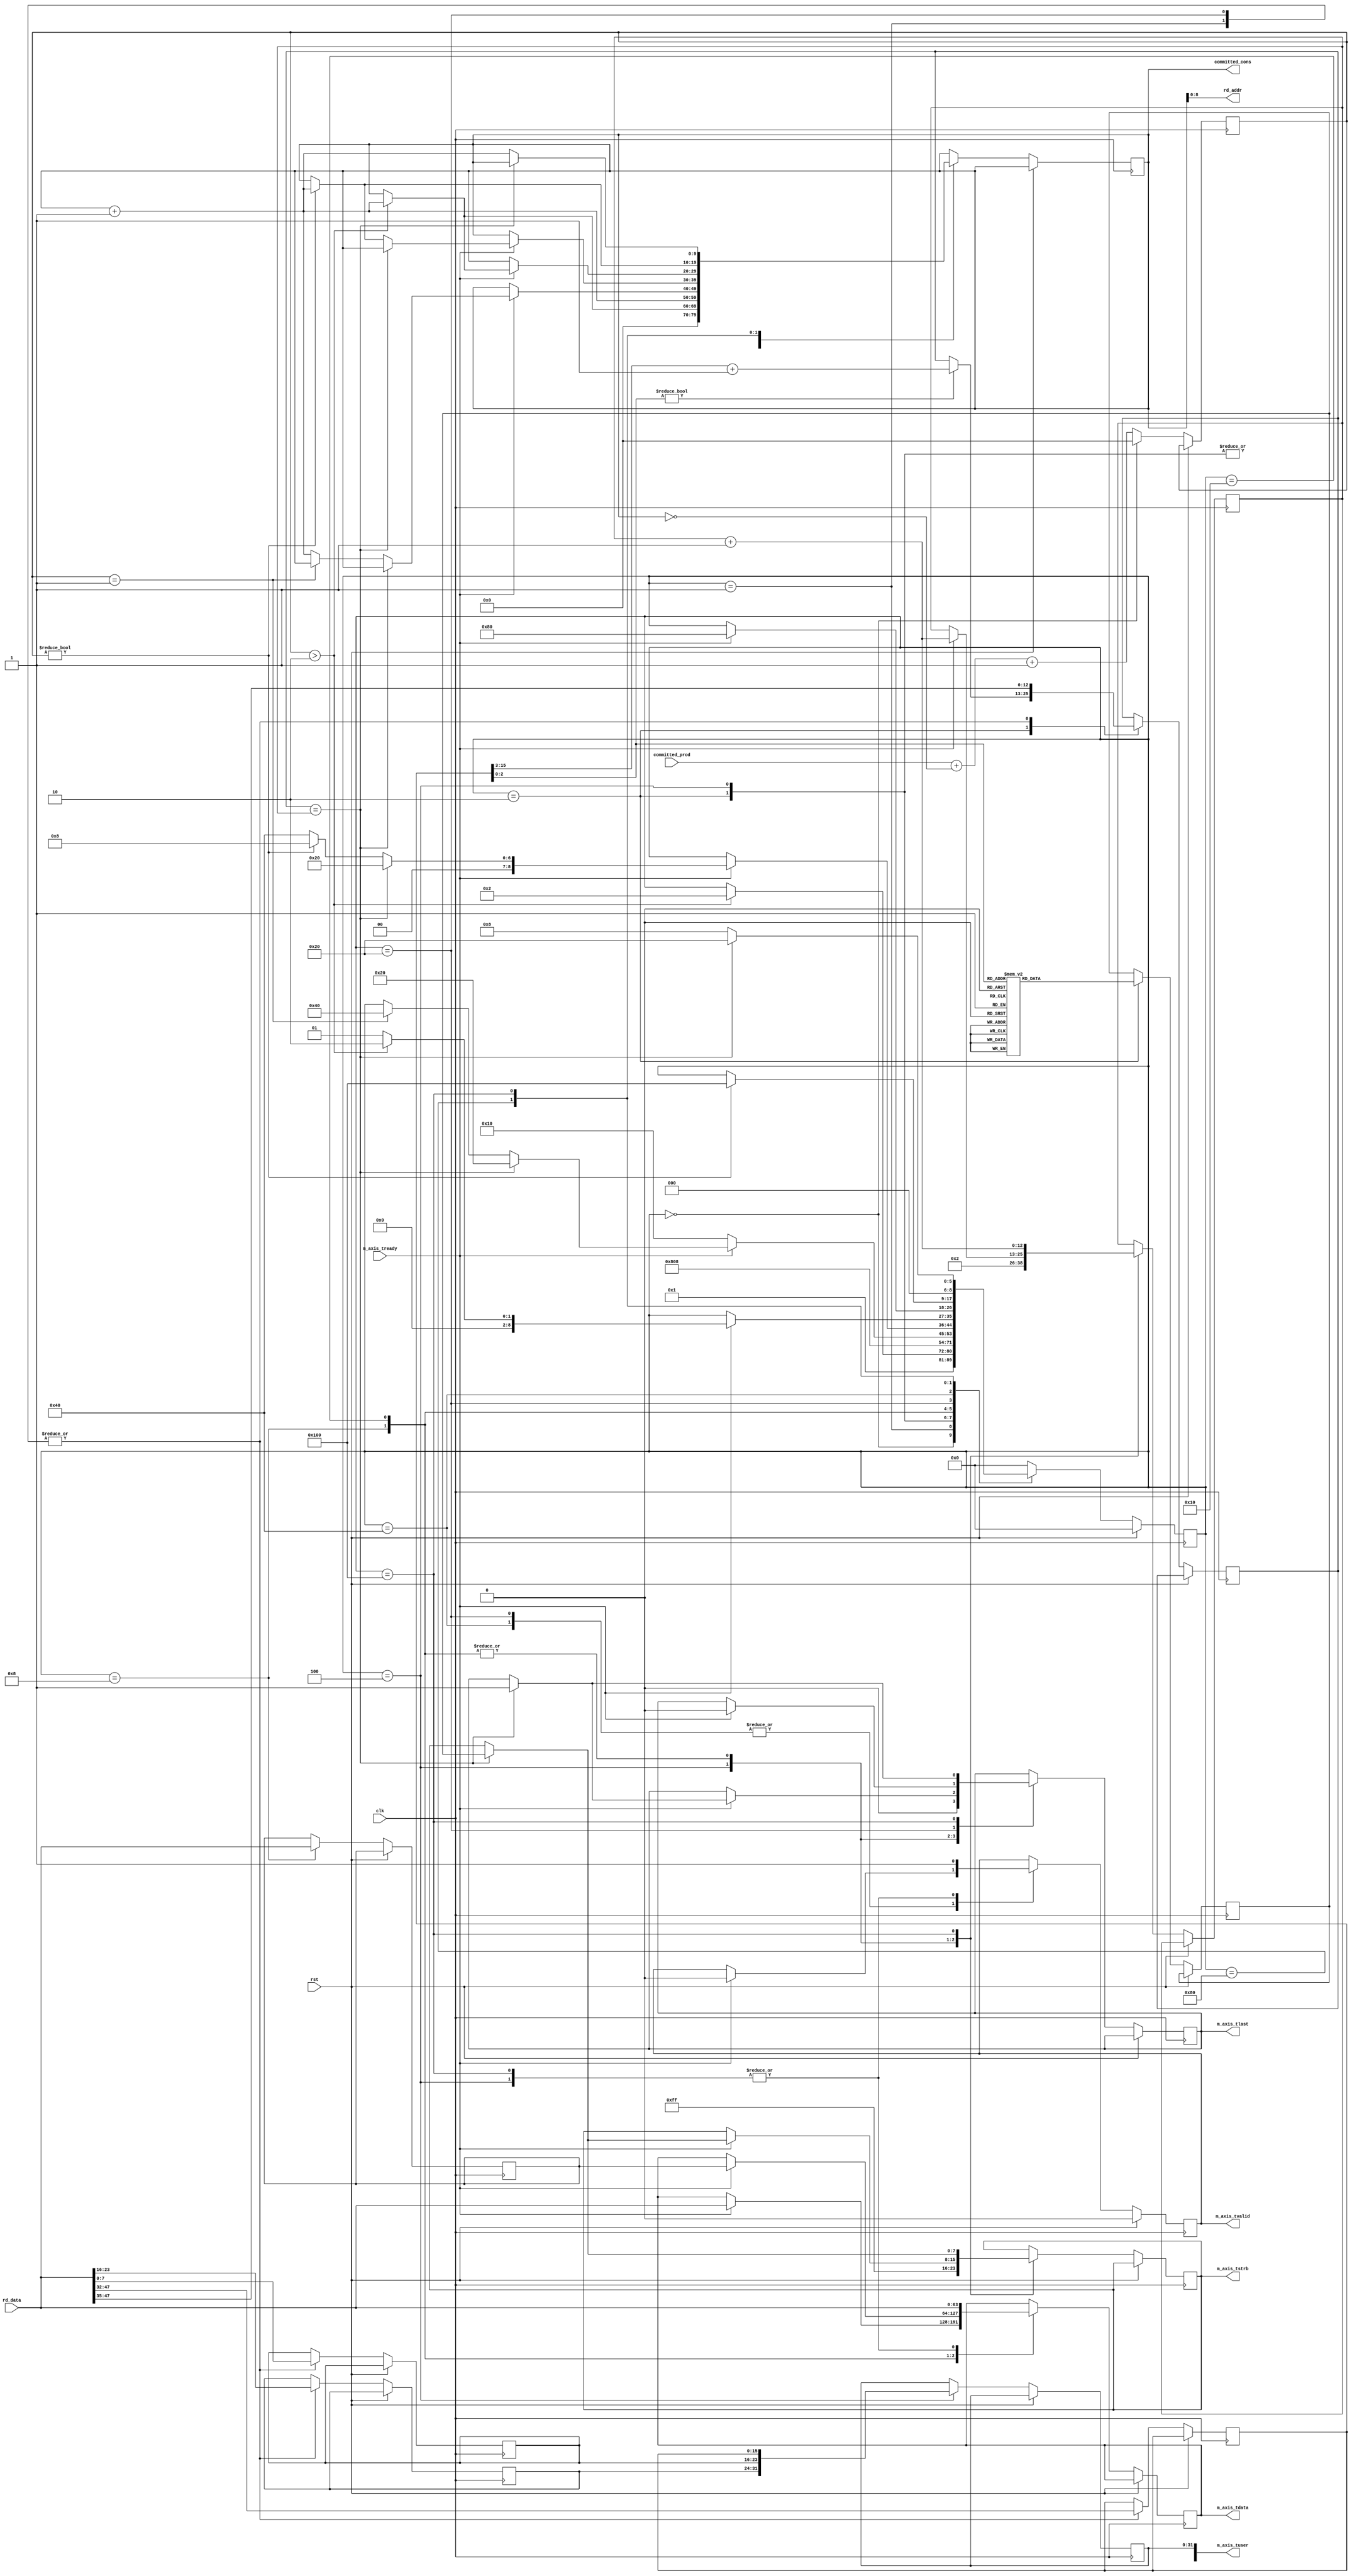
/*******************************************************************************
*
*  NetFPGA-10G http://www.netfpga.org
*
*  File:
*        ibuf2bkd.v
*
*  Project:
*
*
*  Author:
*        Marco Forconesi
*
*  Description:
*        Sends packets to backend.
*
*
*    This code is initially developed for the Network-as-a-Service (NaaS) project.
*
*  Copyright notice:
*        Copyright (C) 2014 University of Cambridge
*
*  Licence:
*        This file is part of the NetFPGA 10G development base package.
*
*        This file is free code: you can redistribute it and/or modify it under
*        the terms of the GNU Lesser General Public License version 2.1 as
*        published by the Free Software Foundation.
*
*        This package is distributed in the hope that it will be useful, but
*        WITHOUT ANY WARRANTY; without even the implied warranty of
*        MERCHANTABILITY or FITNESS FOR A PARTICULAR PURPOSE.  See the GNU
*        Lesser General Public License for more details.
*
*        You should have received a copy of the GNU Lesser General Public
*        License along with the NetFPGA source package.  If not, see
*        http://www.gnu.org/licenses/.
*
*/

//////////////////////////////////////////////////////////////////////////////////////////////
//////////////////////////////////////////////////////////////////////////////////////////////
`timescale 1ns / 1ps
//`default_nettype none

module ibuf2bkd # (
    parameter BW = 9
    ) (

    input                    clk,
    input                    rst,

    // BKD tx
    output reg   [63:0]      m_axis_tdata,
    output reg   [7:0]       m_axis_tstrb,
    output reg   [127:0]     m_axis_tuser,
    output reg               m_axis_tvalid,
    output reg               m_axis_tlast,
    input                    m_axis_tready,

    // ibuf
    output       [BW-1:0]    rd_addr,
    input        [63:0]      rd_data,

    // bwd logic
    output       [BW:0]      committed_cons,
    input        [BW:0]      committed_prod
    );

    // localparam
    localparam s0 = 9'b000000000;
    localparam s1 = 9'b000000001;
    localparam s2 = 9'b000000010;
    localparam s3 = 9'b000000100;
    localparam s4 = 9'b000001000;
    localparam s5 = 9'b000010000;
    localparam s6 = 9'b000100000;
    localparam s7 = 9'b001000000;
    localparam s8 = 9'b010000000;
    localparam s9 = 9'b100000000;

    //-------------------------------------------------------
    // Local snd_fsm
    //-------------------------------------------------------   
    reg          [8:0]       snd_fsm;
    reg          [15:0]      len;
    reg          [7:0]       src_port;
    reg          [7:0]       des_port;
    reg          [BW:0]      rd_addr_i;
    reg          [BW:0]      diff;
    reg          [7:0]       last_tstrb;
    reg          [12:0]      qw_len;
    reg          [12:0]      qw_snt;
    reg          [63:0]      ax_rd_data;

    //-------------------------------------------------------
    // assigns
    //-------------------------------------------------------
    assign rd_addr = rd_addr_i;
    assign committed_cons = rd_addr_i;

    ////////////////////////////////////////////////
    // snd_fsm
    ////////////////////////////////////////////////
    always @(posedge clk) begin

        if (rst) begin  // rst
            m_axis_tvalid <= 1'b0;
            snd_fsm <= s0;
        end
        
        else begin  // not rst

            diff <= committed_prod + (~rd_addr_i) +1;

            case (snd_fsm)

                s0 : begin
                    diff <= 'b0;
                    rd_addr_i <= 'b0;
                    snd_fsm <= s1;
                end

                s1 : begin
                    src_port <= rd_data[7:0];
                    des_port <= rd_data[23:16];
                    len <= rd_data[47:32];
                    qw_len <= rd_data[47:35];
                    if (diff > 'h2) begin
                        rd_addr_i <= rd_addr_i + 1;
                        snd_fsm <= s2;
                    end
                end

                s2 : begin
                    if (len[2:0]) begin
                        qw_len <= len[15:3] + 1;
                    end

                    (* parallel_case *)
                    case (len[2:0])                    // my deco
                        3'b000 : begin
                            last_tstrb <= 8'b11111111;
                        end
                        3'b001 : begin
                            last_tstrb <= 8'b00000001;
                        end
                        3'b010 : begin
                            last_tstrb <= 8'b00000011;
                        end
                        3'b011 : begin
                            last_tstrb <= 8'b00000111;
                        end
                        3'b100 : begin
                            last_tstrb <= 8'b00001111;
                        end
                        3'b101 : begin
                            last_tstrb <= 8'b00011111;
                        end
                        3'b110 : begin
                            last_tstrb <= 8'b00111111;
                        end
                        3'b111 : begin
                            last_tstrb <= 8'b01111111;
                        end
                    endcase
                    rd_addr_i <= rd_addr_i + 1;
                    snd_fsm <= s3;
                end

                s3 : begin
                    m_axis_tdata <= rd_data;
                    m_axis_tstrb <= 8'hFF;
                    m_axis_tuser[31:0] <= {des_port, src_port, len};
                    m_axis_tvalid <= 1'b1;
                    m_axis_tlast <= 1'b0;
                    rd_addr_i <= rd_addr_i + 1;
                    qw_snt <= 'h2;
                    snd_fsm <= s4;
                end

                s4 : begin
                    ax_rd_data <= rd_data;
                    if (m_axis_tready) begin
                        rd_addr_i <= rd_addr_i + 1;
                        m_axis_tdata <= rd_data;
                        qw_snt <= qw_snt + 1;
                        if (qw_len == qw_snt) begin
                            rd_addr_i <= rd_addr_i;
                            m_axis_tstrb <= last_tstrb;
                            m_axis_tlast <= 1'b1;
                            snd_fsm <= s6;
                        end
                        else if (diff == 'h1) begin
                            rd_addr_i <= rd_addr_i;
                            snd_fsm <= s7;
                        end
                    end
                    else begin
                        snd_fsm <= s5;
                    end
                end

                s5 : begin
                    if (m_axis_tready) begin
                        rd_addr_i <= rd_addr_i + 1;
                        m_axis_tdata <= ax_rd_data;
                        qw_snt <= qw_snt + 1;
                        if (qw_len == qw_snt) begin
                            rd_addr_i <= rd_addr_i;
                            m_axis_tstrb <= last_tstrb;
                            m_axis_tlast <= 1'b1;
                            snd_fsm <= s6;
                        end
                        else if (diff) begin
                            snd_fsm <= s4;
                        end
                        else begin
                            rd_addr_i <= rd_addr_i;
                            snd_fsm <= s7;
                        end
                    end
                end

                s6 : begin
                    src_port <= rd_data[7:0];
                    des_port <= rd_data[23:16];
                    len <= rd_data[47:32];
                    qw_len <= rd_data[47:35];
                    if (m_axis_tready) begin
                        m_axis_tlast <= 1'b0;
                        m_axis_tvalid <= 1'b0;
                        if (diff > 'h2) begin
                            rd_addr_i <= rd_addr_i + 1;
                            snd_fsm <= s2;
                        end
                        else begin
                            snd_fsm <= s1;
                        end
                    end
                end

                s7 : begin
                    if (m_axis_tready) begin
                        m_axis_tvalid <= 1'b0;
                        snd_fsm <= s8;
                    end
                end

                s8: begin
                    if (diff) begin
                        rd_addr_i <= rd_addr_i + 1;
                        snd_fsm <= s9;
                    end
                end

                s9 : begin
                    m_axis_tdata <= rd_data;
                    rd_addr_i <= rd_addr_i + 1;
                    m_axis_tvalid <= 1'b1;
                    qw_snt <= qw_snt + 1;
                    if (qw_len == qw_snt) begin
                        rd_addr_i <= rd_addr_i;
                        m_axis_tstrb <= last_tstrb;
                        m_axis_tlast <= 1'b1;
                        snd_fsm <= s6;
                    end
                    else begin
                        snd_fsm <= s4;
                    end
                end

                default : begin 
                    snd_fsm <= s0;
                end

            endcase
        end     // not rst
    end  //always

endmodule // ibuf2bkd

//////////////////////////////////////////////////////////////////////////////////////////////
//////////////////////////////////////////////////////////////////////////////////////////////